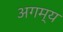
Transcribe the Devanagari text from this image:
अगम्‍य